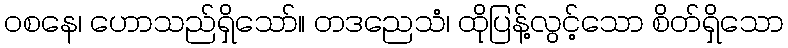
ဝစနေ၊ ဟောသည်ရှိသော်။ တဒညေသံ၊ ထိုပြန့်လွင့်သော စိတ်ရှိသော